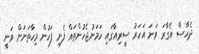
ދެހާސް އެގާރަ ވަނަ އަހަރު ސީރިއާގައި ހަމަނުޖެހުންތައް ފެށި ފަހުން މިހާތަނަށް ވަނީ